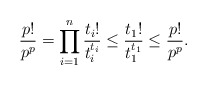
\begin{align*}\frac{p!}{p^p} = \prod_{i = 1}^n\frac{t_i!}{t_i^{t_i}} \leq \frac{t_1!}{t_1^{t_1 }} \leq \frac{p!}{p^p}.\end{align*}